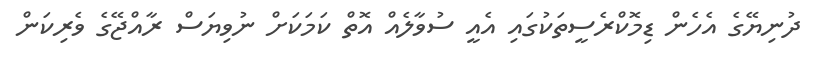
ދުނިޔޭގެ އެހެން ޑިމޮކްރެސީތަކުގައި އެއީ ސުވާލެއް އޮތް ކަމަކަށް ނުވިޔަސް ރާއްޖޭގެ ވެރިކަން